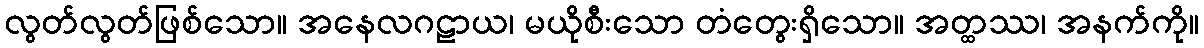
လွတ်လွတ်ဖြစ်သော။ အနေလဂဠာယ၊ မယိုစီးသော တံတွေးရှိသော။ အတ္ထဿ၊ အနက်ကို။